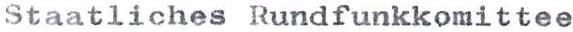
Staatliches Rundfunkkomittee